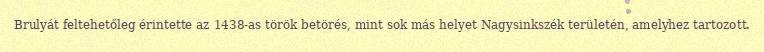
Brulyát feltehetőleg érintette az 1438-as török betörés, mint sok más helyet Nagysinkszék területén, amelyhez tartozott.